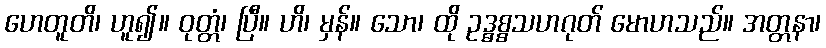
ဟေတူတိ၊ ဟူ၍။ ဝုတ္တံ၊ ပြီ။ ဟိ၊ မှန်။ သော၊ ထို ဥဒ္ဓစ္စသဟဂုတ် မောဟသည်။ အတ္တနာ၊